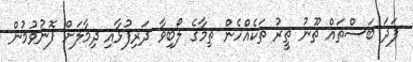
ފަދަ ބަސްތައް ތޫނު ތީރު ތަކެއްހެން ތިމާގެ ލޯބިވާ ދަރިފުޅާއި ދިމާލަށް ފޮނުވުމުން